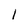
Character: I